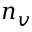
n _ { v }